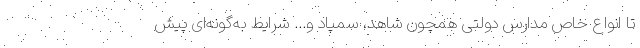
تا انواع خاص مدارس دولتی همچون شاهد، سمپاد و... شرایط به‌گونه‌ای پیش